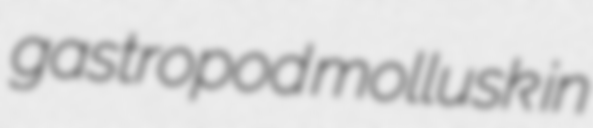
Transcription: gastropod mollusk in